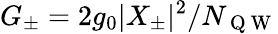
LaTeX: G_{\pm}=2g_{0}|X_{\pm}|^{2}/N_{\mathrm{~Q~W~}}